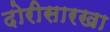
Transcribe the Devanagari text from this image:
दोरीसारखा